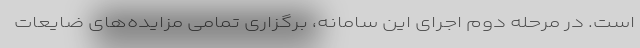
است. در مرحله دوم اجرای این سامانه،‌ برگزاری تمامی مزایده‌های ضایعات